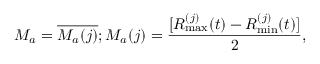
{ \cal M } _ { a } = { \overline { { { \cal M } _ { a } ( j ) } } } ; { \cal M } _ { a } ( j ) = \frac { [ R _ { \mathrm { m a x } } ^ { ( j ) } ( t ) - R _ { \mathrm { m i n } } ^ { ( j ) } ( t ) ] } { 2 } ,